Report of the King Institute of Preventive Medicine, Guindy
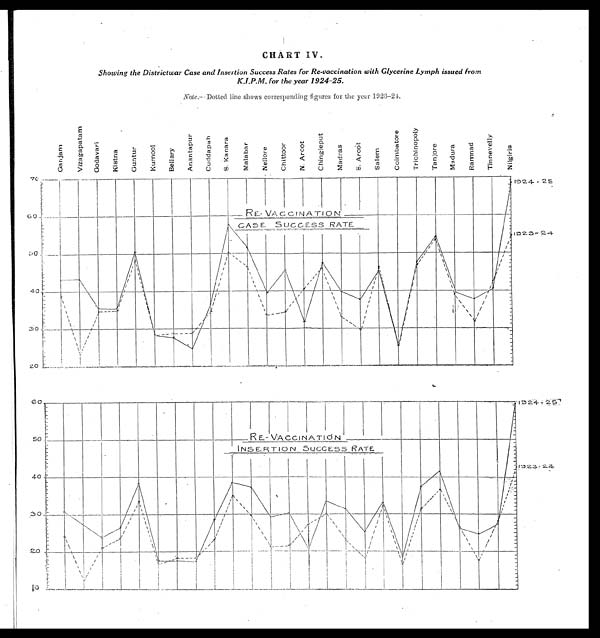
CHART IV.
Showing the Districtwar Case and Insertion Success Rates for Re–vaccination with Glycerine Lymph issued from
K.I.P.M. for the year 1924-25.
Note.—Dotted line shows corresponding figures for the year 1923-21.